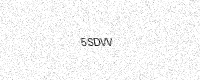
Text: 5SDVV